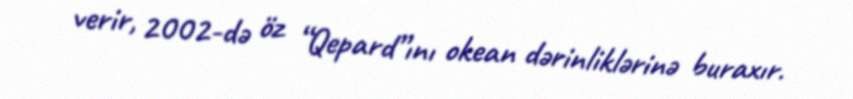
verir, 2002-də öz “Qepard”ını okean dərinliklərinə buraxır.